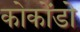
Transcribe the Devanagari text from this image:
कोकोंडो